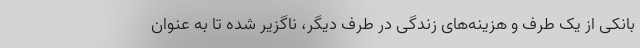
بانکی از یک طرف و هزینه‌های زندگی در طرف دیگر، ناگزیر شده تا به عنوان